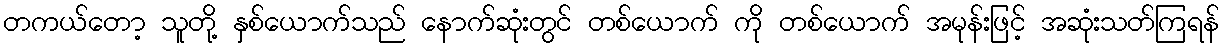
တကယ်တော့ သူတို့ နှစ်ယောက်သည် နောက်ဆုံးတွင် တစ်ယောက် ကို တစ်ယောက် အမုန်းဖြင့် အဆုံးသတ်ကြရန်